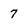
Character: 7